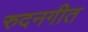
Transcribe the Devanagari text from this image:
रुदनगीत